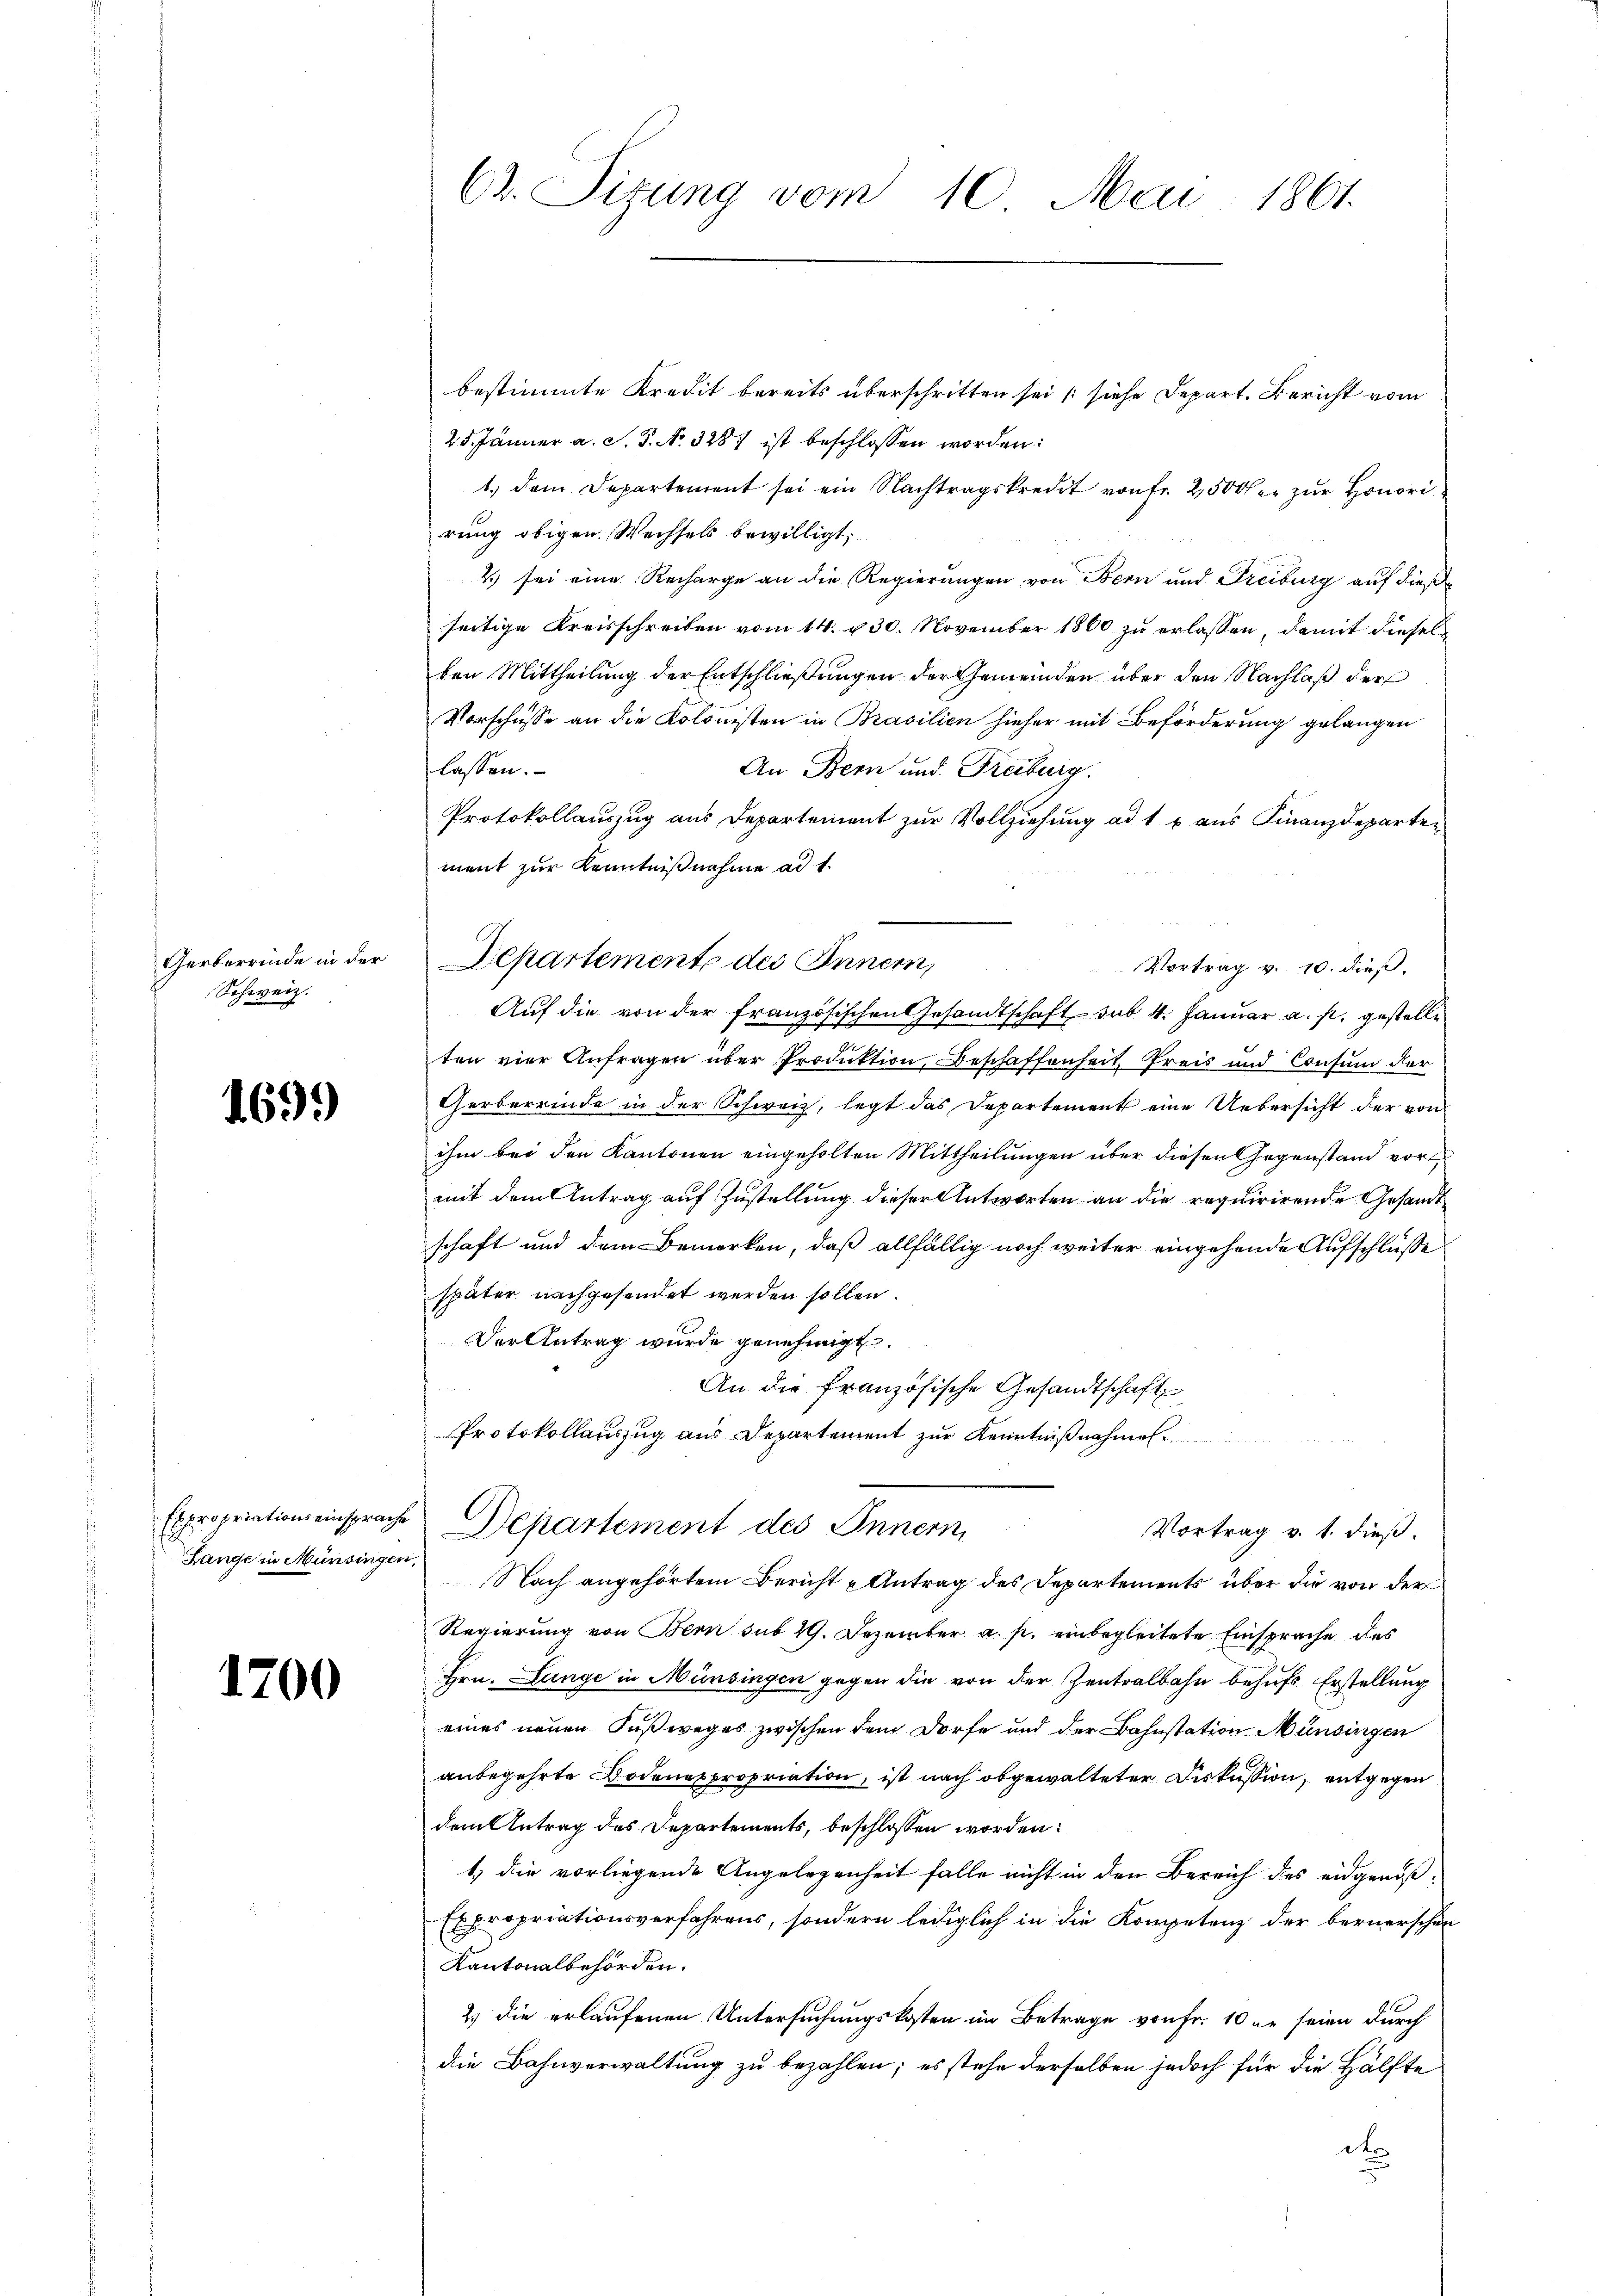
Gerberrinde in der
Schweiz.

1699

Expropriationseinsprache
Lange in Münsingen

1700

C. Sizung vom 10. Mai 1861.

bestimmte Kredit bereits überschritten sei (siehe Depart. Bericht vom
25. Jänner a. S. S. No. 3287 ist beschlossen worden:
1. dem Departement sei ein Nachtragskredit von fr. 2500fr. zŭr Honorirung obigen Wechsels bewilligt.
2) sei eine Recharge an die Regierungen von Bern und Freiburg auf diese
seitige Kreisschreiben vom 14. v. 30. November 1860 zu erlassen, damit diesel
ten Mittheilung der Entschließungen der Gemeinden über den Nachlaß der
Vorschüsse an die Kolonisten in Brasilien hieher mit Beförderung gelangen
lassen.
An Bern und Freiburg.
Protokollauszug aus Departement zur Vollziehung ad 1 x aus Finanzdeparten
ment zur Kenntnißnahme ad 1.
Vortrag v. 10. dieß.
Auf die von der französischen Gesandtschaft sub. 4. Januar a. s. gestelle
ten vier Anfragen über Produktion, Beschaffenheit Preis und Consum der
Gerberrinde in der Schweiz, legt das Departement eine Uebersicht der von
ihm bei den Kantonen eingeholten Mittheilungen über diesen Gegenstand vor
mit dem Antrag auf Zustellung dieser Antworten an die requirirende Gesandt
schaft und dem Bemerken, daß allfällig noch weiter eingehende Aufschlüsse
später nachgesendet werden sollen.
Der Antrag wurde genehmigt.
An die französische Gesandtschaft
Protokollauszug aus Departement zur Kenntnißnahmen.
Departement des Innern,
Vortrag v. 1. dieß.
Nach angehörtem Bericht u Antrag des Departements über die von der
Regierung von Bern sub 29. Dezember a. p. einbegleitete Einsprache des
Hrn. Lange in Münsingen gegen die von der Zentralbahn behufs Erstellung
eines neuen Fußweges zwischen dem Dorfe und der Bahnstation Münsingen
anbegehrte Bodenes propriation, ist nach abgewalteter Diskussion, entgegen
dem Antrag des Departements, beschlossen worden:
1) die vorliegende Angelegenheit falle nicht in den Bereich des eidgenöß¬
Expropriationsverfahrens, sondern lediglich in die Kompetenz der bernerschen
Kantonalbehörden.
2) die erlaufenen Untersuchungskosten im Betrage von Fr. 10 er seien durch
die Bahnverwaltung zu bezahlen; es stehe derselben jedoch für die Hälfte
d

Departemente des Innern,